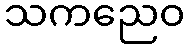
သကညေဝ